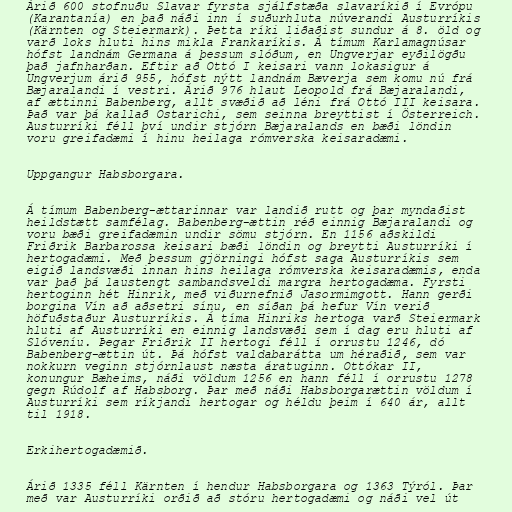
Árið 600 stofnuðu Slavar fyrsta sjálfstæða slavaríkið í Evrópu
(Karantanía) en það náði inn í suðurhluta núverandi Austurríkis
(Kärnten og Steiermark). Þetta ríki liðaðist sundur á 8. öld og
varð loks hluti hins mikla Frankaríkis. Á tímum Karlamagnúsar
hófst landnám Germana á þessum slóðum, en Ungverjar eyðilögðu
það jafnharðan. Eftir að Ottó I keisari vann lokasigur á
Ungverjum árið 955, hófst nýtt landnám Bæverja sem komu nú frá
Bæjaralandi í vestri. Árið 976 hlaut Leopold frá Bæjaralandi,
af ættinni Babenberg, allt svæðið að léni frá Ottó III keisara.
Það var þá kallað Ostarichi, sem seinna breyttist í Österreich.
Austurríki féll því undir stjórn Bæjaralands en bæði löndin
voru greifadæmi í hinu heilaga rómverska keisaradæmi.

Uppgangur Habsborgara.

Á tímum Babenberg-ættarinnar var landið rutt og þar myndaðist
heildstætt samfélag. Babenberg-ættin réð einnig Bæjaralandi og
voru bæði greifadæmin undir sömu stjórn. En 1156 aðskildi
Friðrik Barbarossa keisari bæði löndin og breytti Austurríki í
hertogadæmi. Með þessum gjörningi hófst saga Austurríkis sem
eigið landsvæði innan hins heilaga rómverska keisaradæmis, enda
var það þá laustengt sambandsveldi margra hertogadæma. Fyrsti
hertoginn hét Hinrik, með viðurnefnið Jasormimgott. Hann gerði
borgina Vín að aðsetri sínu, en síðan þá hefur Vín verið
höfuðstaður Austurríkis. Á tíma Hinriks hertoga varð Steiermark
hluti af Austurríki en einnig landsvæði sem í dag eru hluti af
Slóveníu. Þegar Friðrik II hertogi féll í orrustu 1246, dó
Babenberg-ættin út. Þá hófst valdabarátta um héraðið, sem var
nokkurn veginn stjórnlaust næsta áratuginn. Ottókar II,
konungur Bæheims, náði völdum 1256 en hann féll í orrustu 1278
gegn Rúdolf af Habsborg. Þar með náði Habsborgarættin völdum í
Austurríki sem ríkjandi hertogar og héldu þeim í 640 ár, allt
til 1918.

Erkihertogadæmið.

Árið 1335 féll Kärnten í hendur Habsborgara og 1363 Týról. Þar
með var Austurríki orðið að stóru hertogadæmi og náði vel út